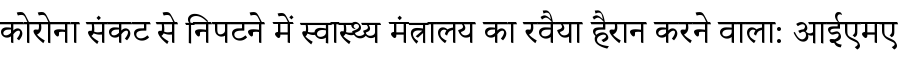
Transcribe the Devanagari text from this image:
कोरोना संकट से निपटने में स्वास्थ्य मंत्रालय का रवैया हैरान करने वाला: आईएमए